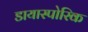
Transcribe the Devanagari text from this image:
डायास्पोरिक